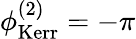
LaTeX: \phi_{\mathrm{Kerr}}^{(2)}=-\pi